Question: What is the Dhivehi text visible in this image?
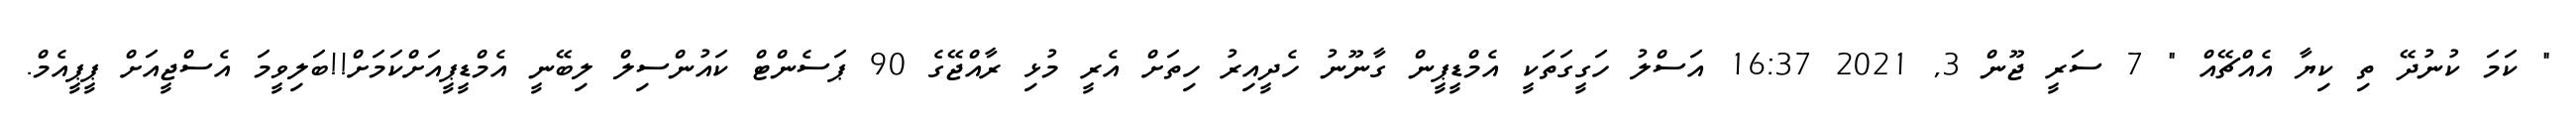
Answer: " ކަމަ ކުނުދޭ ތި ކިޔާ އެއްޗޭއް " 7 ސަރީ ޖޫން 3, 2021 16:37 އަސްލު ހަގީގަތަކީ އެމްޑީޕީން ގާނޫނު ހެދީއިރު ހިތަށް އެރީ މުޅި ރާއްޖޭގެ 90 ޕަސެންޓް ކައުންސިލް ލިބޭނީ އެމްޑީޕީއަށްކަމަށް!!ބަލިވީމަ އެސްޖީއަށް ޕީޕީއެމް.